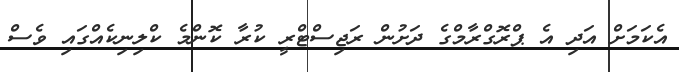
އެކަމަށް އަދި އެ ޕްރޮގްރާމްގެ ދަށުން ރަޖިސްޓްރީ ކުރާ ކޮންމެ ކްލިނިކެއްގައި ވެސް